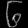
Digit: ၆